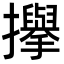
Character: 㩮